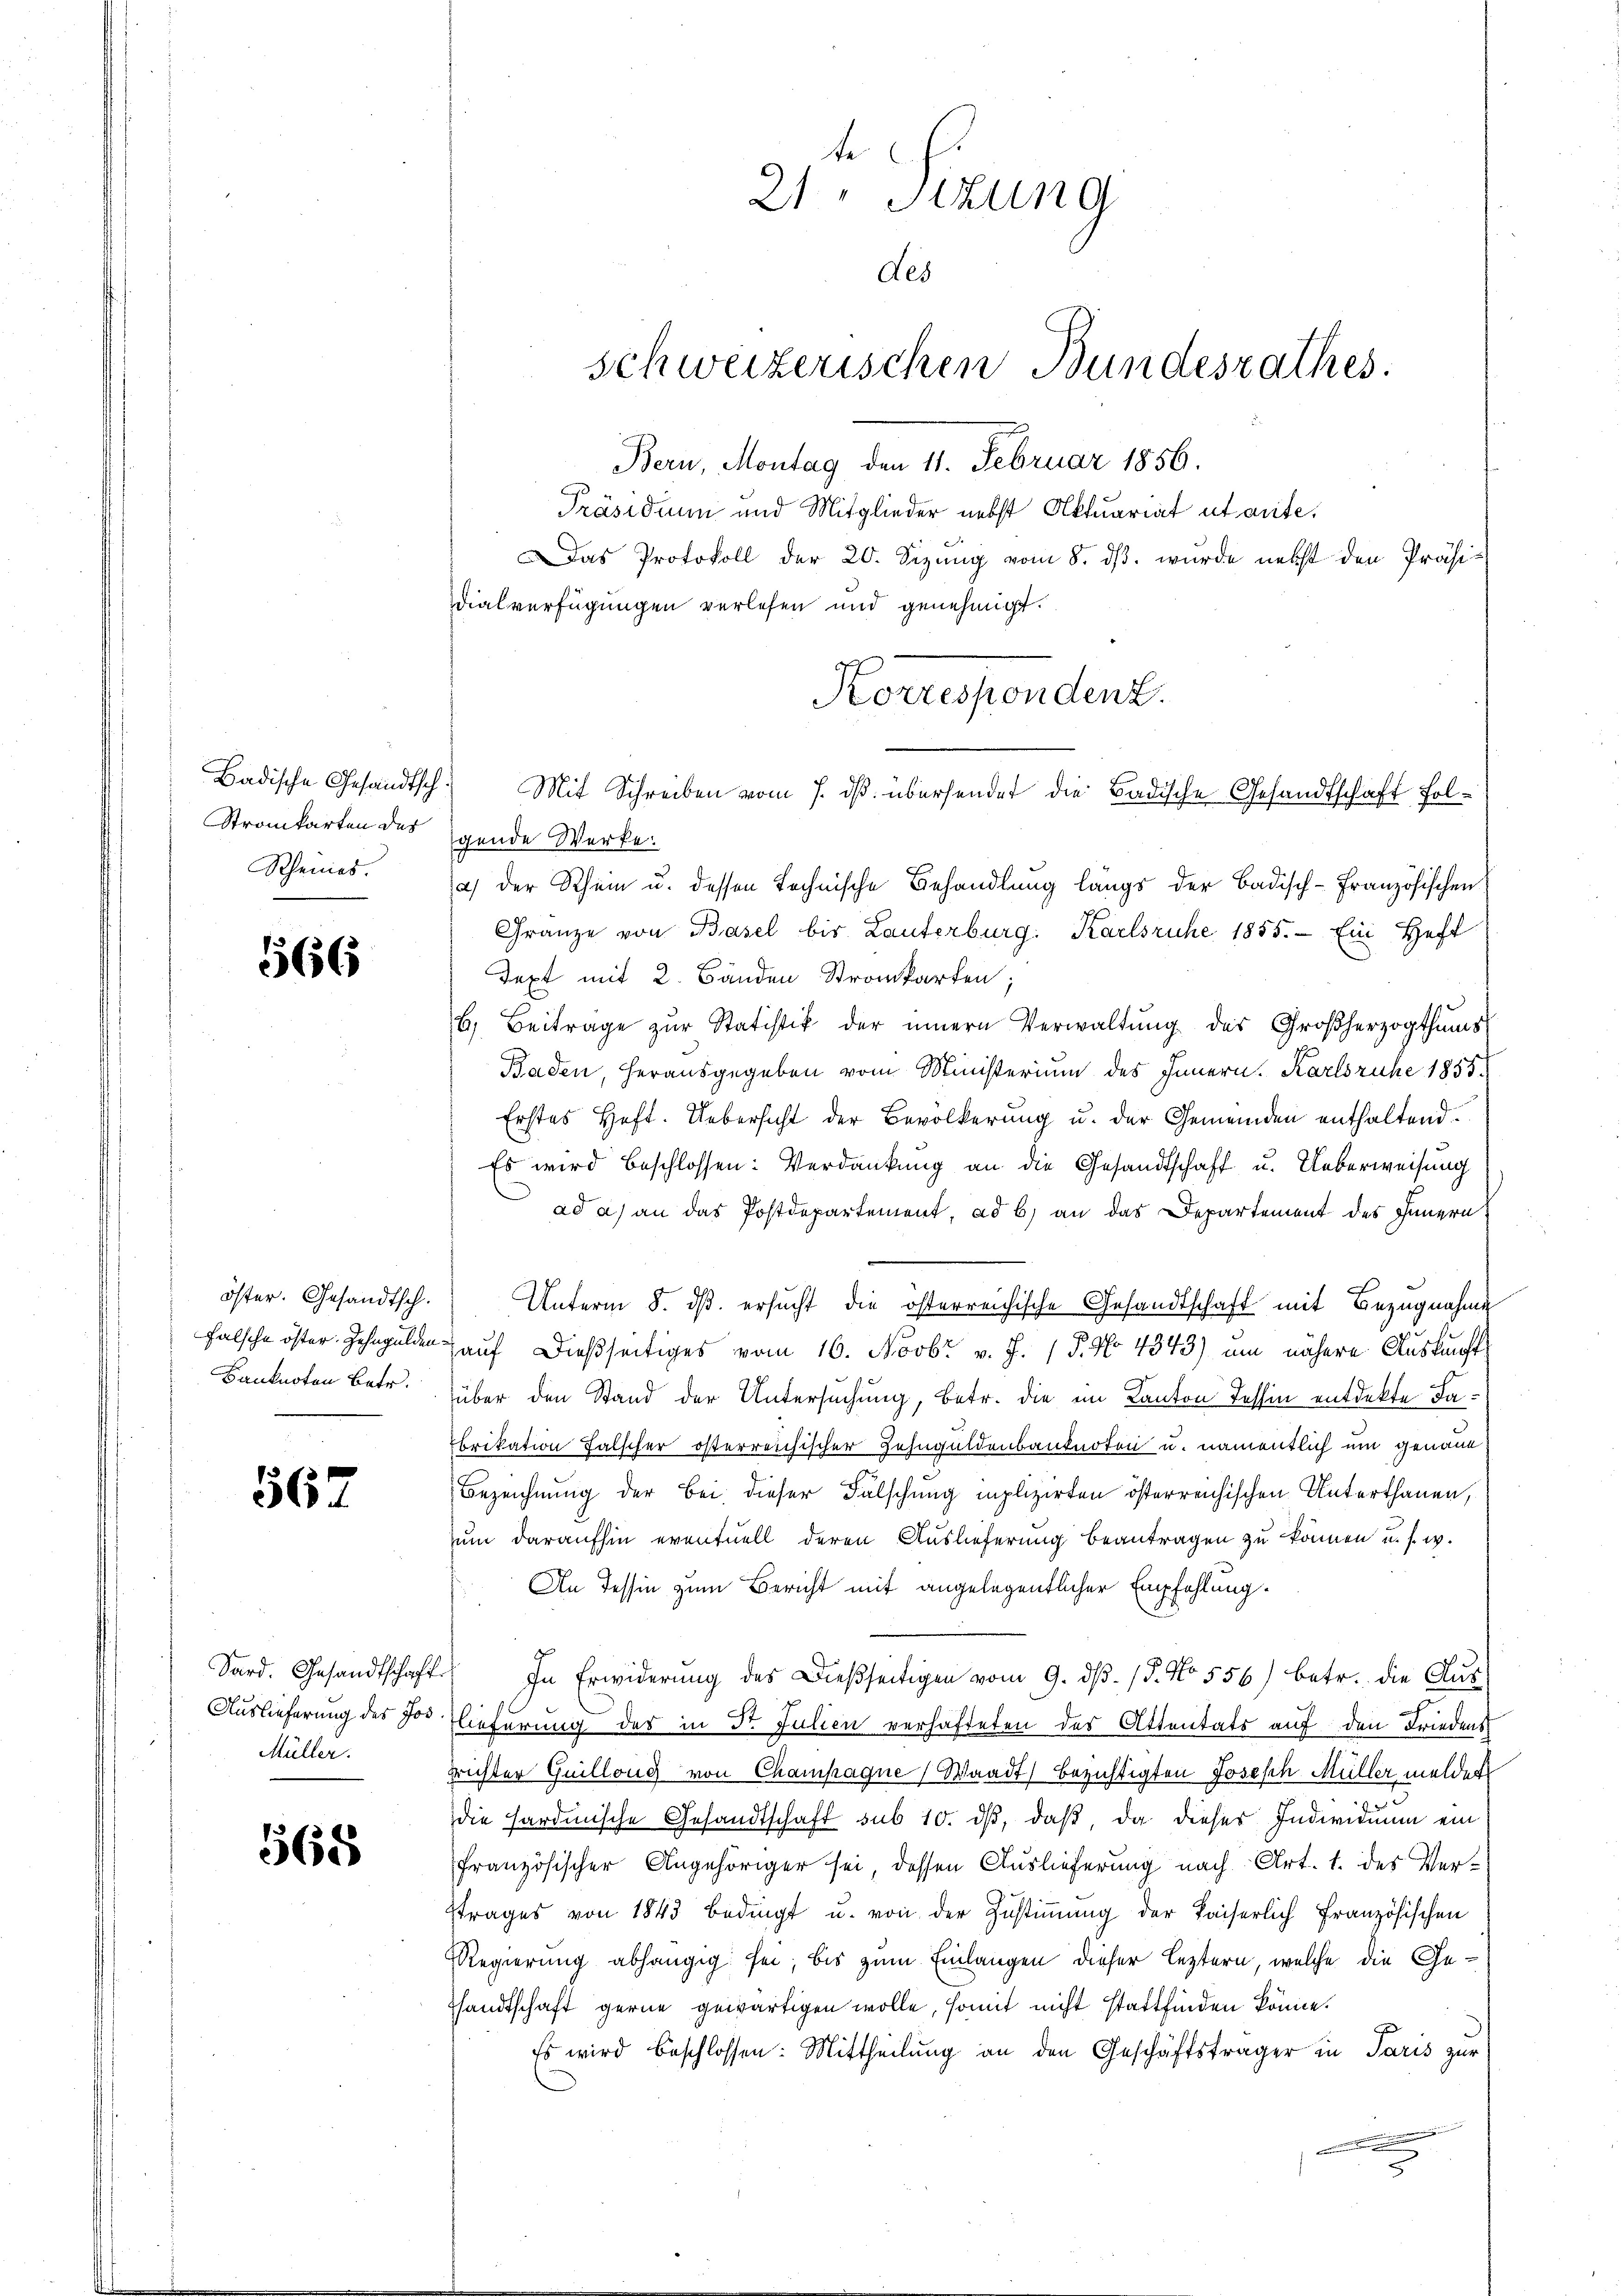
Strankarten des
Rheines.

1566

öster. Gesandtsch.
Banknoten Betr.

567

Sard. Gesandtschaft.
Auslieferung des Jos.
Müller.

568

21. Sizung
des
schweizerischen Bundesrathes.
Bern, Montag den 11. Februar 1856.
Präsidium und Mitglieder nebst Aktuariat ut ante.
Das Protokoll der 20. Sizŭng vom 8. dβ. wurde nebst den Präsidialverfügungen verlesen und genehmigt.

gende Werke:
a) der Schein u. dessen technische Behandlung langs der Badisch-Französischen
Gränze von Basel bis Lauterburg. Karlsruhe 1855. Ein Heft
Text mit 2 Bänden Stromparten;
6. Beiträge zŭr Statistik der innern Verwaltŭng des Großherzogthums
Baden, herausgegeben vom Ministerium des Innern. Karlsruhe 1855.
Erstes Heft. Uebersicht der Bevölkerung u. der Gemeinden enthaltend.
Es wird beschlossen: Verdankung an die Gesandtschaft u. Ueberweisung
ad a) an das Postdepartement, ad b) an das Departement des Innern
Unterm 8. dβ ersucht die österreichische Gesandtschaft mit Bezugnahme
falsche öster Zehngulden auf dießseitiges vom 16. Novbr v. J. P. No 4343) um nähere Auskunft.
über den Stand der Untersuchung, betr. die im Kanton Tessin entdekte Fa¬
Ebrikation falscher österreichischer Zehnguldenbanknoton u. namentlich um genaue
Bezeichnung der Bei dieser Falschung implizirten österreichischen Unterthanen,
zum daraufhin eventuell deren Auslieferung beantragen zu können u. s. w.
An Tessin zum Bericht mit angelegentlicher Empfehlung
2) In Erwiderung des Dießseitigen vom 9. d. 15. No 556) betr. die Aus
lieferung des in dr. Julien verhafteten des Attentats auf den Friedens
Trichter Guillong von Champagne Waadt) bezichtigten Josesch Müller meldet
die sardinische Gesandtschaft sub 10. ds, daß, da dieser Individuum ein
französischer Angehöriger sei, dessen Auslieferung nach Art. 1. des Vertrages von 1843 bedingt u. von der Zustimmung der kaiserlich französischen
Regierung abhängig sei, bis zum Einlangen dieser leztern, welche die Gesandtschaft gerne gewärtigen wolle, somit nicht stattfinden könne.
Es wird beschlossen: Mittheilung an den Geschäftsträger in Paris zur

Korrespondent.
Badische Gesandtsch. Mit Schreiben vom 7. ds. übersendet die Badische Gesandtschaft fol¬